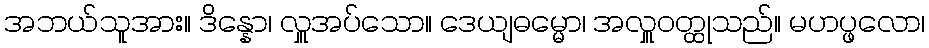
အဘယ်သူအား။ ဒိန္နော၊ လှူအပ်သော။ ဒေယျဓမ္မော၊ အလှူဝတ္ထုသည်။ မဟပ္ဖလော၊